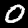
Label: 0